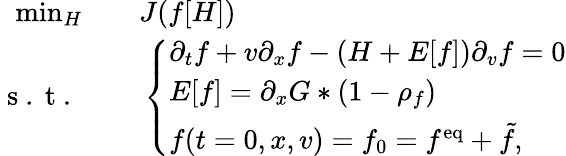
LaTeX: \begin{array}{rl}{\operatorname*{min}_{H}\quad}&{{}J(f[H])}\\ {\mathrm{~s~.~t~.~}\quad}&{{}\left\{ \begin{array}{ll}{\partial_{t}f+v\partial_{x}f-(H+E[f])\partial_{v}f=0}\\ {E[f]=\partial_{x}G\ast(1-\rho_{f})}\\ {f(t=0,x,v)=f_{0}=f^{\mathrm{eq}}+\tilde{f},}\end{array}\right.}\end{array}